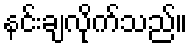
နင်းချလိုက်သည်။